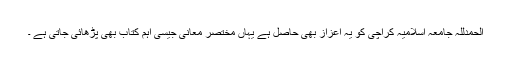
الحمدللہ جامعہ اسلامیہ کراچی کو یہ اعزاز بھی حاصل ہے یہاں مختصر معانی جیسی اہم کتاب بھی پڑھائی جاتی ہے ۔